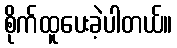
စိုက်ထူပေးခဲ့ပါတယ်။